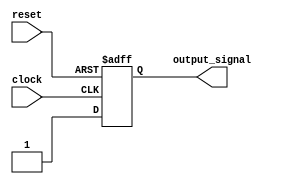
module sync_reset_block (
    input wire clock,
    input wire reset,
    output reg output_signal
);

always @(posedge clock or negedge reset) begin
    if (reset == 0) begin
        output_signal <= 1'b0; // Perform reset action here
    end else begin
        output_signal <= 1'b1; // Perform normal operations here
    end
end

endmodule